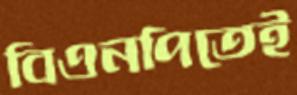
বিএনপিতেই